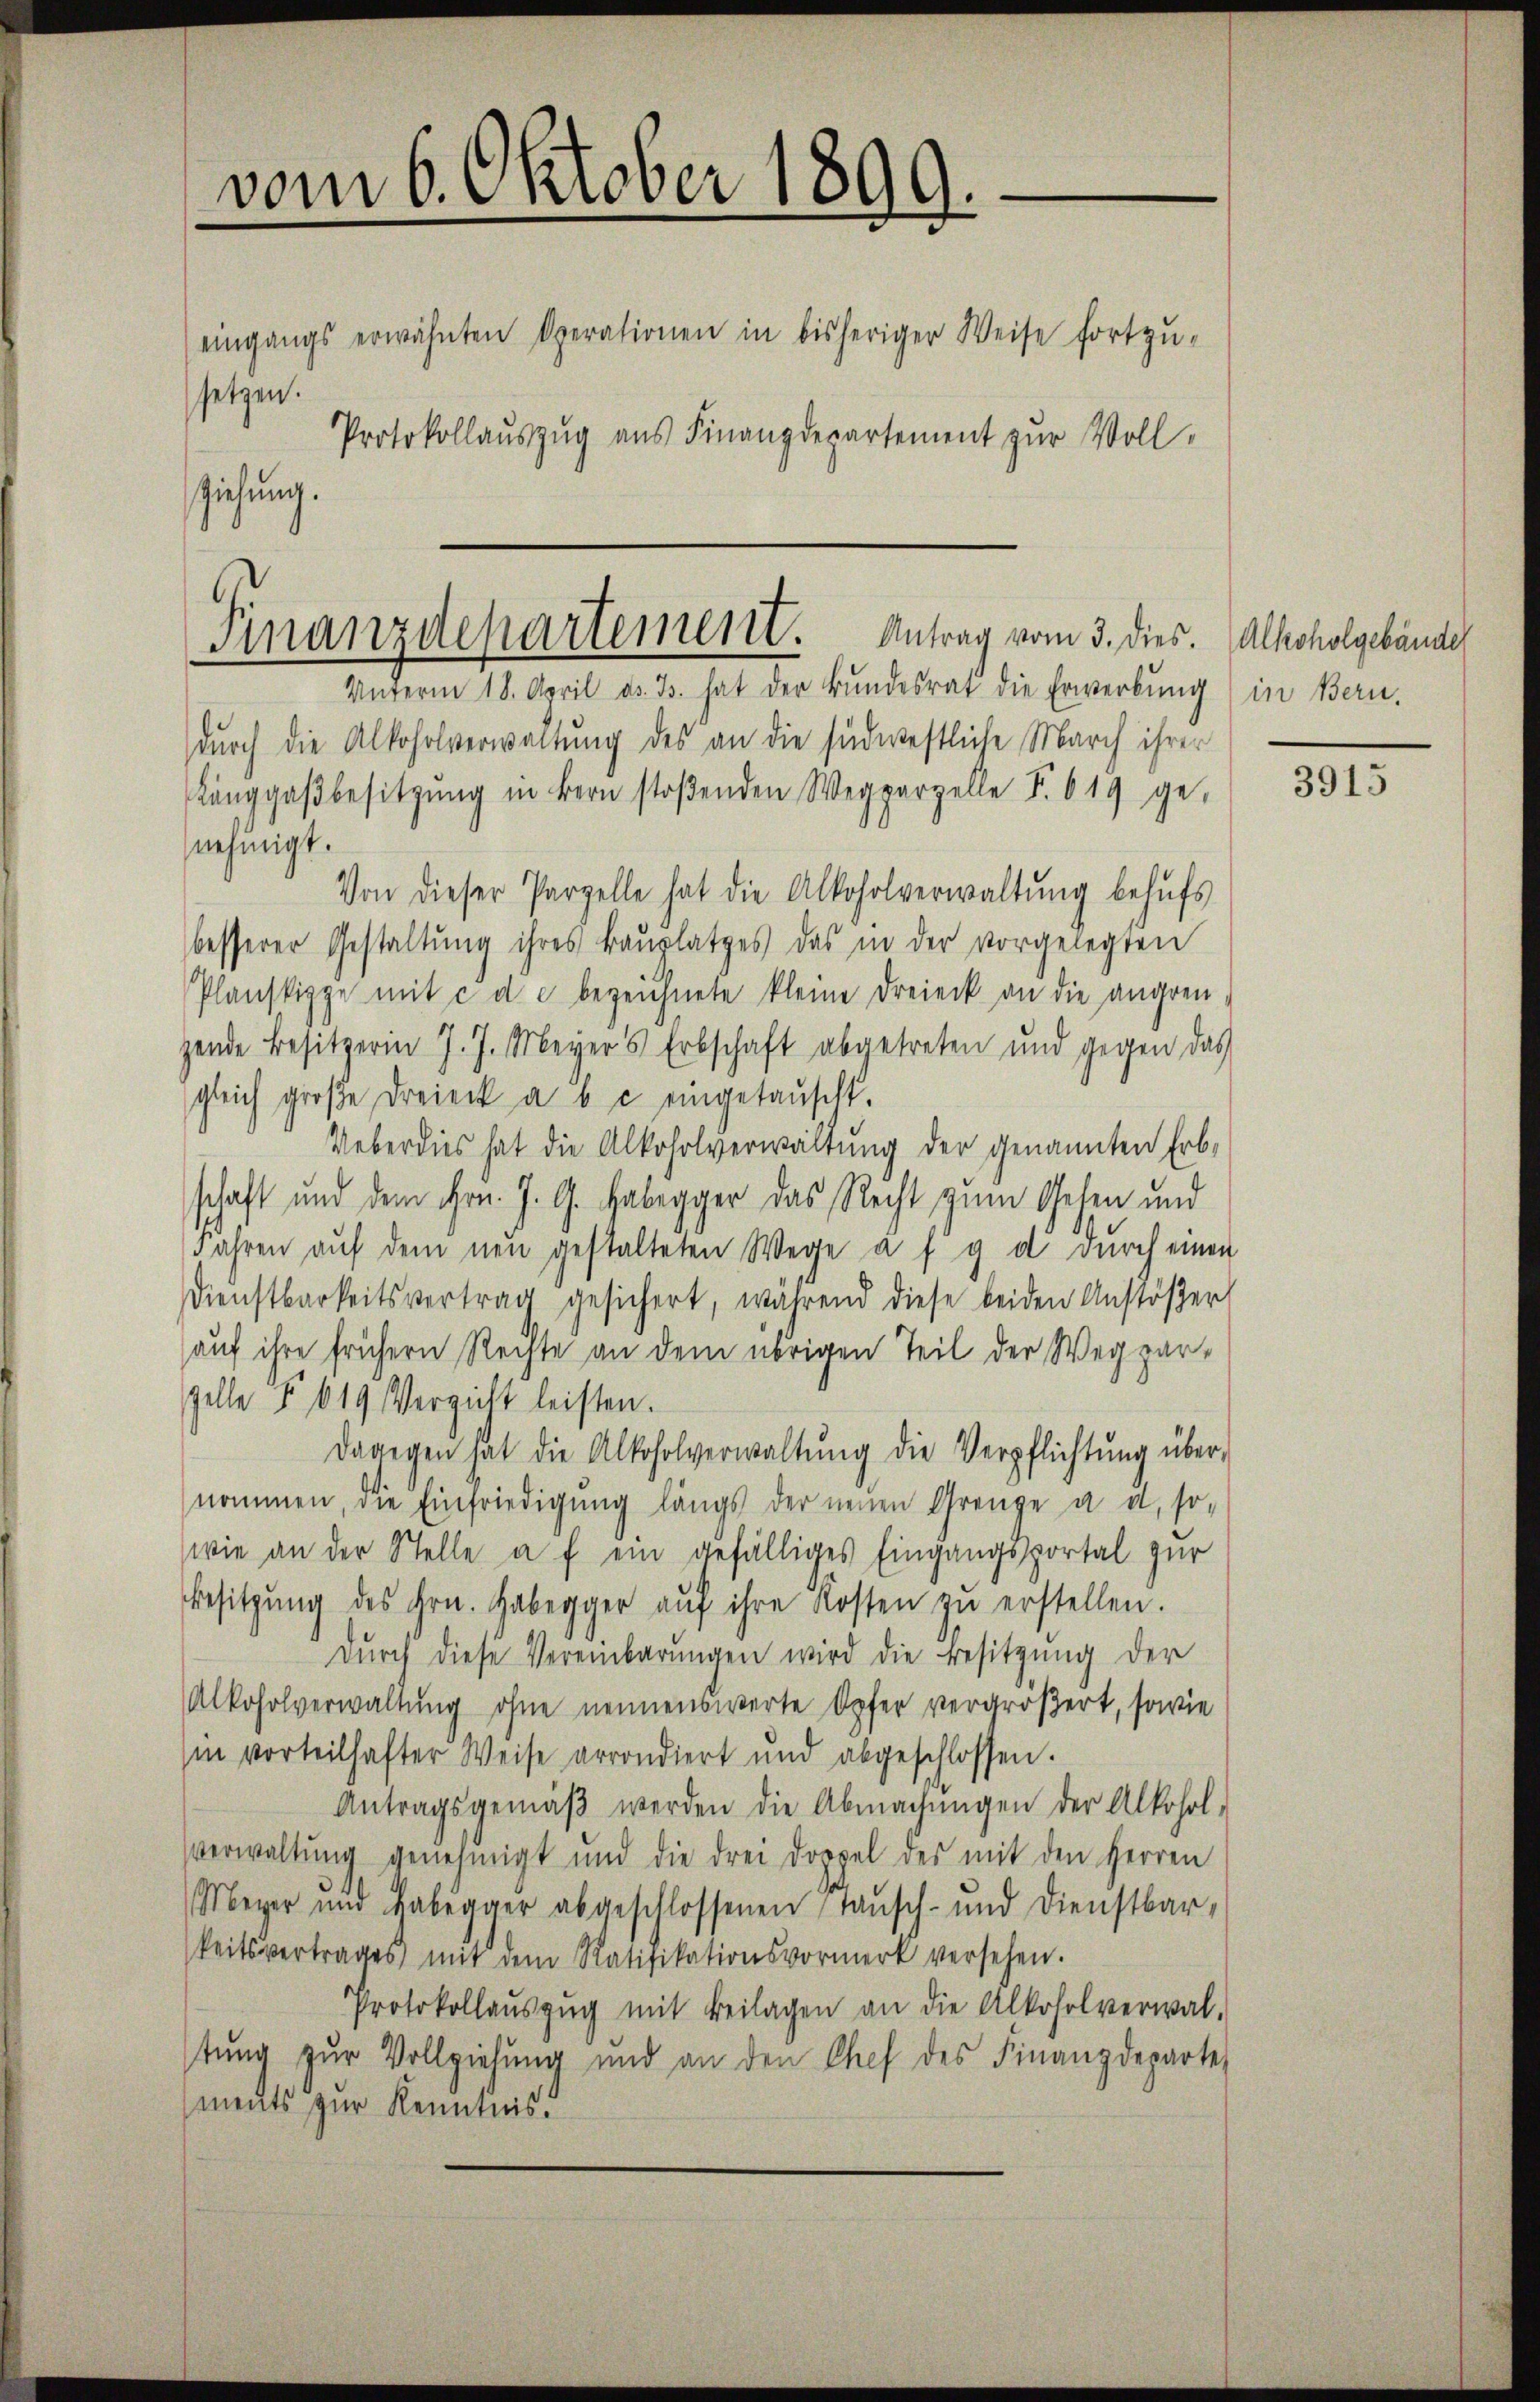
vom 6. Oktober 1899.
eingangs erwähnten Operationen in bisheriger Weise fortzŭ-
setzen.
Protokollaŭszŭg ans Finanzdepartement zŭr Voll-
ziehung.

Finanzdepartement. Antrag vom 3. dies. Alkoholgebäude

Unterm 18. April od. Js. hat der Bŭndesrat die Erwerbung) in Bern.
durch die Alkoholverwaltung des an die südwestliche March ihrer
Langgaβbesitzŭng in Bern stoβenden Wegparzelle S. 619 ge-
nehmigt.
Von dieser Parzelle hat die Alkoholverwaltŭng behŭfs
besserer Gestaltung ihres Baŭplatzes das in der vorgelegten
Planskippe mit c de bezeichnete kleine Dreieck an die angren
gende Besitzerin J. J. Meyer’s Erbschaft abgetreten und gegen das
gleich groβe Dreieck a b c eingetauscht.
Ueberdies hat die Alkoholverwaltung der genannten Erbschaft und dem Hrn. J. G. Habegger das Recht zum Gesen und
Jahren aŭf dem neu gestalteten Wege a f g d durch einen
Dienstbarkeitsvertrag gesichert, während diese beiden Anstöβer
auf ihre frühern Rechte an dem übrigen Teil der Wegzarzelle § 619 Verzicht leisten.
dagegen hat die Alkoholverwaltŭng die Verpflichtŭng über-
nommen, die Einfriedigŭng längs der neuen Grenze a u. so-
wie an der Stelle a f ein gefälliges Eingangssportal zur
Besitzŭng des Hrn. Habegger aŭf ihre Kosten zŭ erstellen.
Dŭrch diese Vereinbarŭngen wird die Besitzŭng der
Alkoholverwaltung ohne nennenswerte Opfer vergrößert, sowie
in vorteilhafter Weise arrondiert und abgeschlossen.
Antragsgemäβ werden die Abmachŭngen der Alkohol-
verwaltung genehmigt und die drei Doppel des mit den Herren
Meyer und Habegger abgeschlossenen Tausch- und Dienstbar-
keitsvertrages mit dem Ratifikationsvormerk versehen.
Protokollaŭszŭg mit Beilagen an die Alkoholverwal-
stung zur Vollziehung und an den Chef des Finanzdeparte
ments zur Kenntnis.

3915